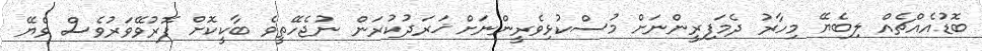
ބޮޑުއެއްޗެއް ލިބެޔޭ މިހާރު ދެމަފިރީންނަށް މުސްކުޅިވެރީންނަށް ޚަރަދުކުރަން ނުޖެހޭތީވެ ބާކީކޮށް ފޮރުވޭވަރުވެސް ވެޔޭ